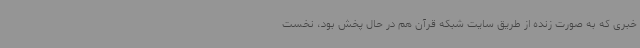
خبری که به صورت زنده از طریق سایت شبکه قرآن هم در حال پخش بود، نخست